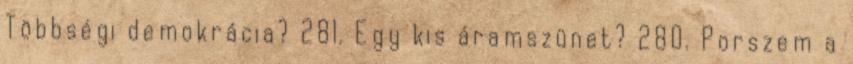
Többségi demokrácia? 281. Egy kis áramszünet? 280. Porszem a